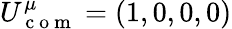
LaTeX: U_{\mathrm{~c~o~m~}}^{\mu}=\left(1,0,0,0\right)